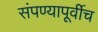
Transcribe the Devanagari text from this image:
संपण्यापूर्वीच